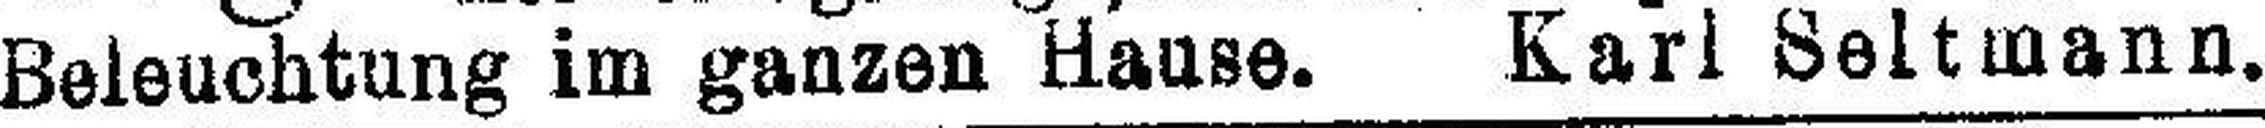
Beleuchtung im ganzen Hause. Karl Seltmann.